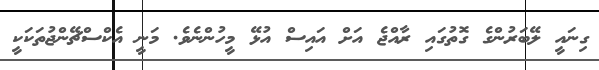
ގިނައީ ލޭބަރުންގެ ގޮތުގައި ރާއްޖެ އަށް އައިސް އުޅޭ މީހުންނެވެ. މަނީ އެކްސްޗޭންޖުތަކަކީ